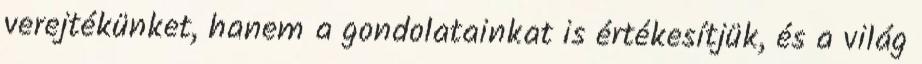
verejtékünket, hanem a gondolatainkat is értékesítjük, és a világ